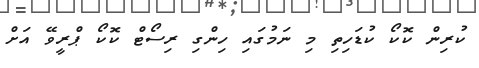
ކުރިން ކޮކޯ ކުޑަހިތި މި ނަމުގައި ހިންގި ރިސޯޓް ކޮކޯ ޕްރީވޭ އަށް